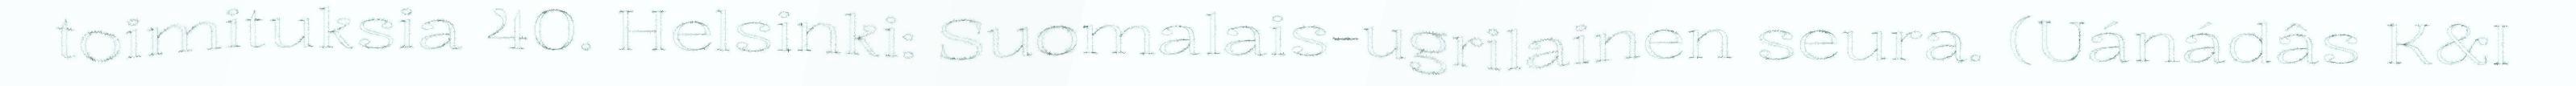
toimituksia 40. Helsinki: Suomalais-ugrilainen seura. (Uánádâs K&I